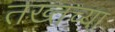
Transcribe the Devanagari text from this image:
तख्तच्या